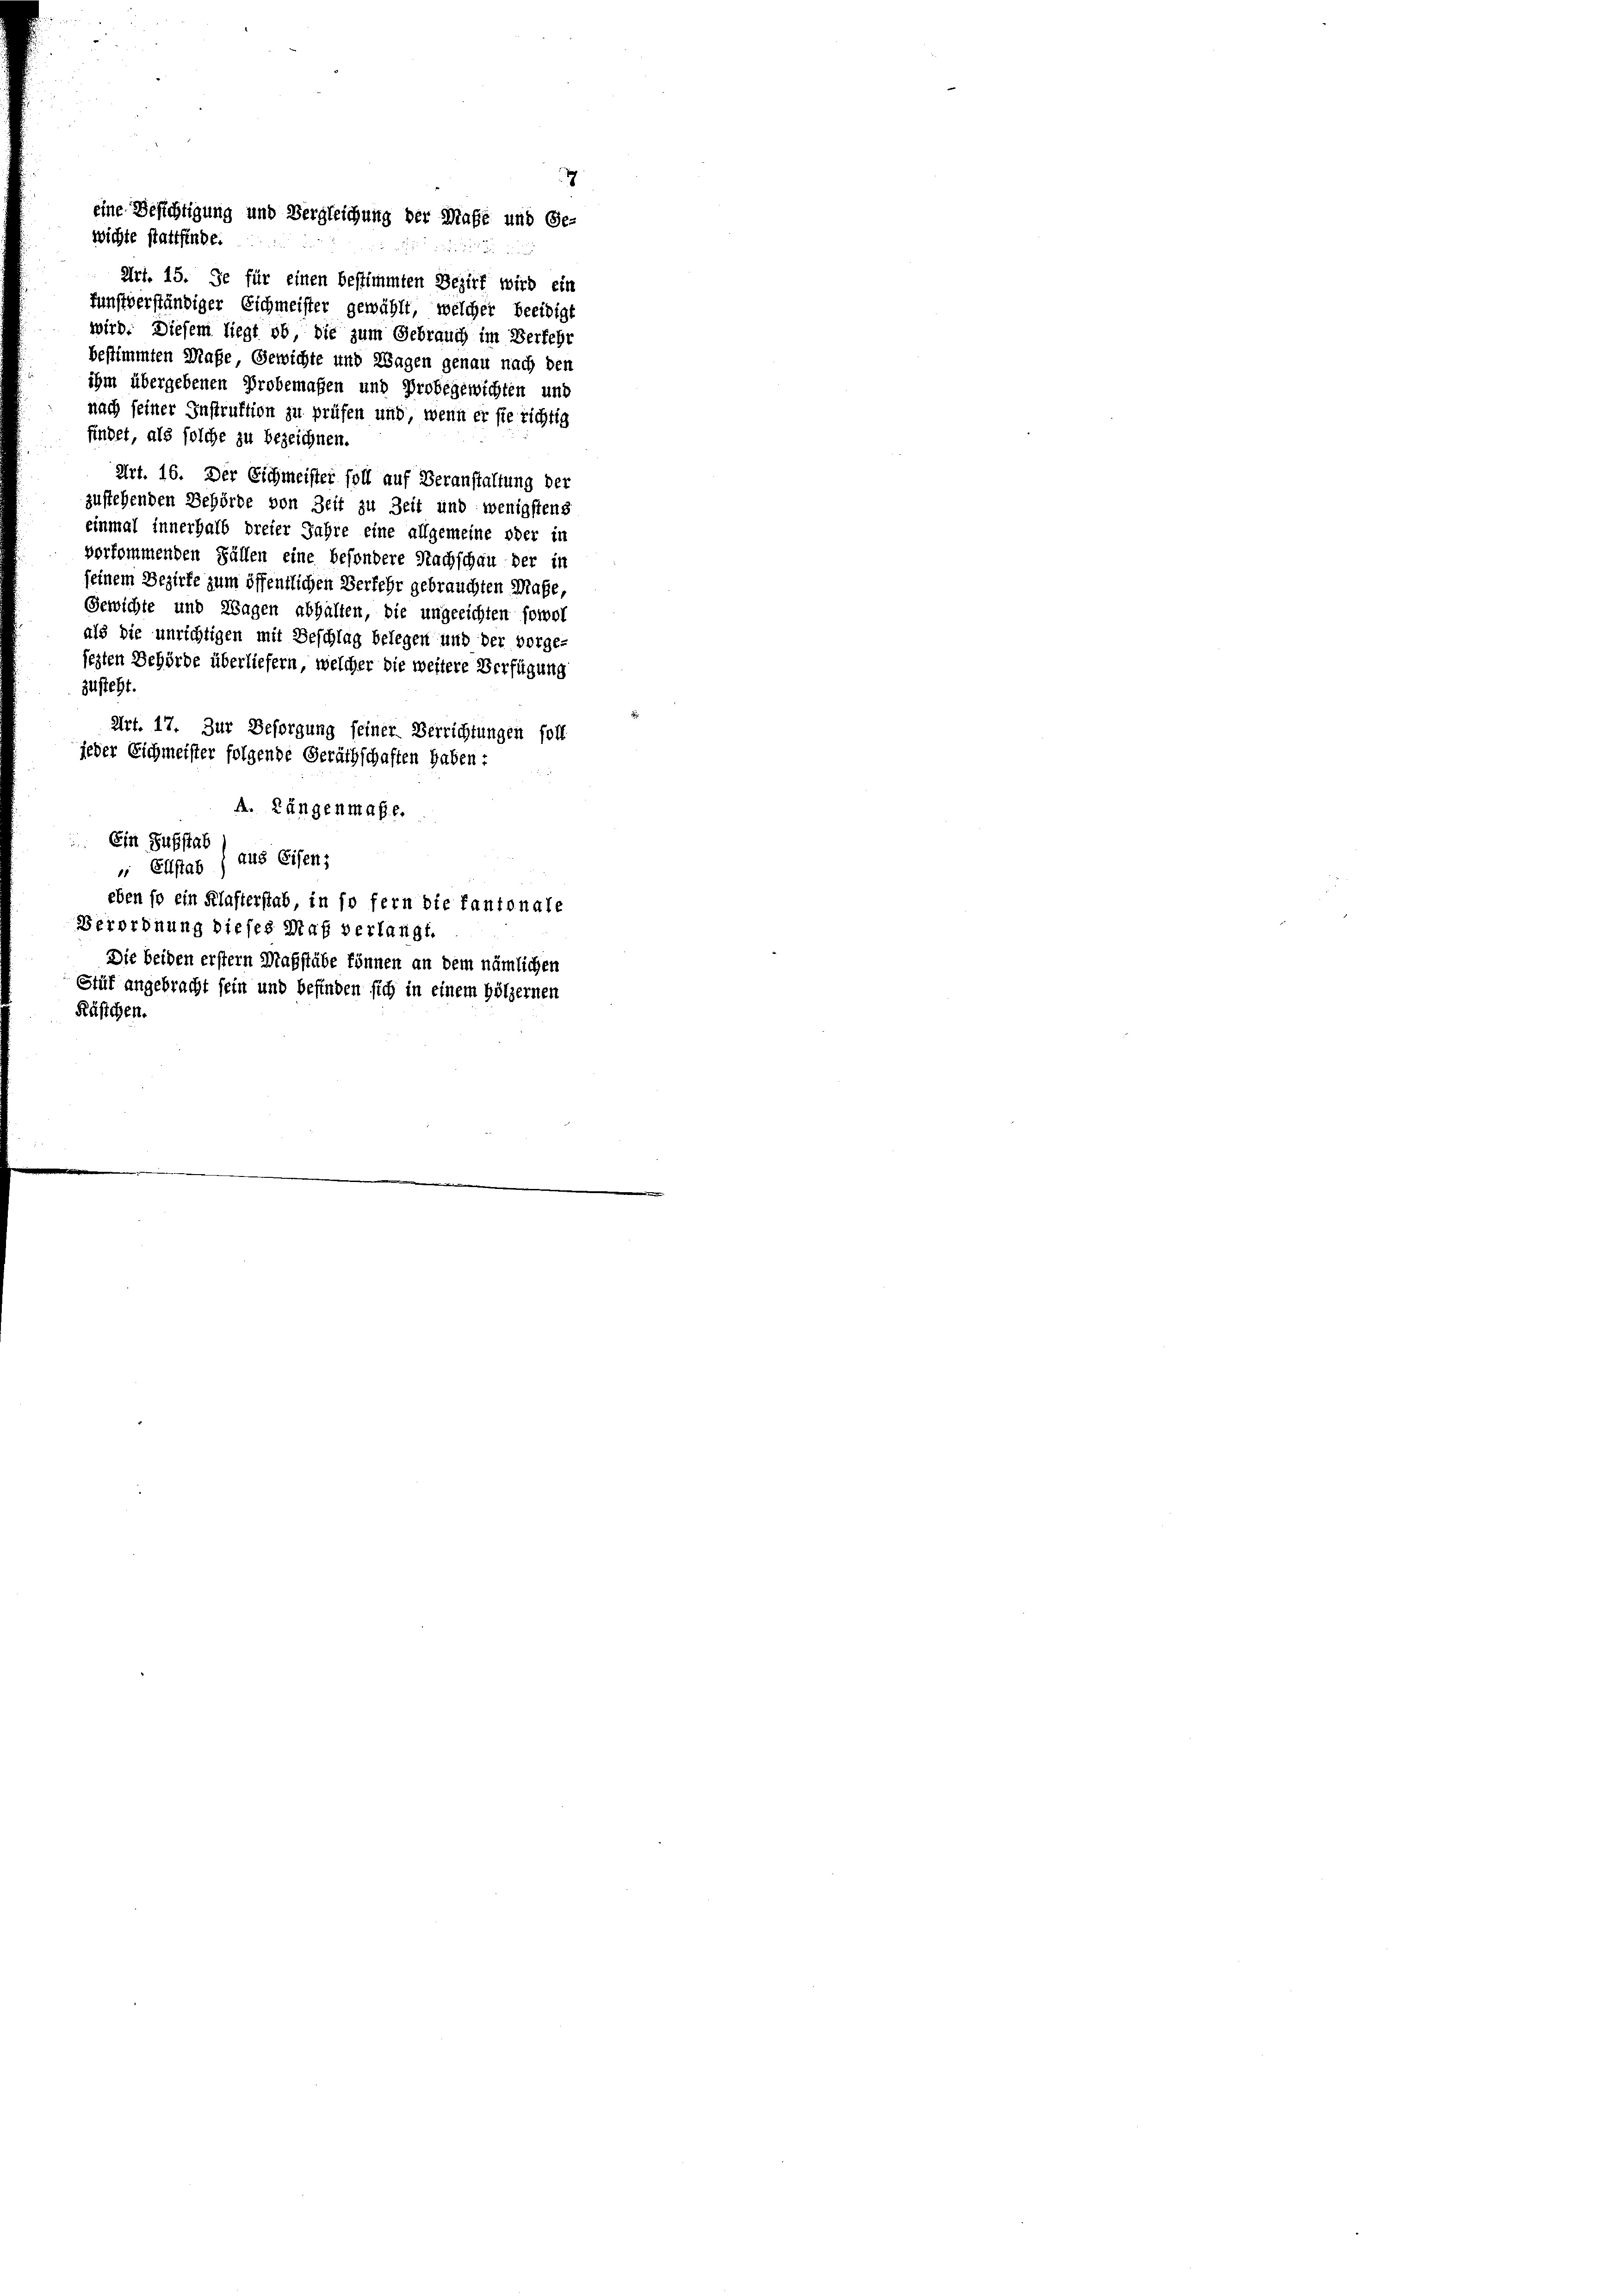
7
eine Besichtigung und Vergleichung der Maße und Ge-
u

wichte stattfinde.
Art. 15. Je für einen bestimmten Bezirk wird ein
funstverständiger Eichmeister gewählt, welcher beeidigt
wird. Diesem liegt ob, die zum Gebrauch im Verfehr
bestimmten Maße, Gewichte und Wagen genau nach den
ihm übergebenen Probemaßen und Probegewichten und
nach seiner Instruktion zu prüfen und, wenn er sie richtig
findet, als solche zu bezeichnen.
Art. 16. Der Eichmeister soll auf Veranstaltung der
zustehenden Behörde von Zeit zu Zeit und wenigstens
einmal innerhalb dreier Jahre eine allgemeine oder in
vorkommenden Fällen eine besondere Nachschau der in
seinem Bezirke zum öffentlichen Verfehr gebrauchten Maße,
Gewichte und Wagen abhalten, die ungeeichten sowol
als die unrichtigen mit Beschlag belegen und der vorge-
sezten Behörde überliefern, welcher die weitere Verfügung
zusteht.
Art. 17. Zur Besorgung seiner Verrichtungen soll
jeder Eichmeister folgende Geräthschaften haben:

A. Längenmaße.
Ein Substat
 Ellstag) aus Eisen;
eben so ein Klafterstab in so fern die Kantonale
Verordnung dieses Maß verlangt.
Die beiden erster Maßstabe können an dem nämlichen
Stüf angebracht sein und befinden sich in einem Hölzernen
Kästchen.